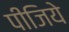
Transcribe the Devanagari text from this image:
पीजिये